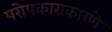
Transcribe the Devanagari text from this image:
परोपकाराकारणे